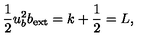
\frac { 1 } { 2 } u _ { b } ^ { 2 } b _ { \mathrm { e x t } } = k + \frac { 1 } { 2 } = L ,